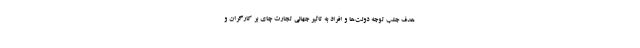
هدف جلب توجه دولت‌ها و افراد به تاثیر جهانی تجارت چای بر کارگران و